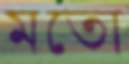
মতো